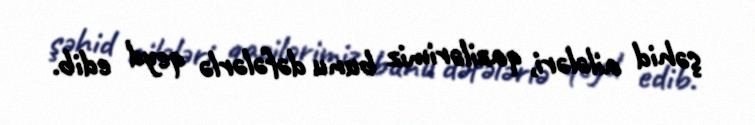
şəhid ailələri, qazilərimiz bunu dəfələrlə qeyd edib.